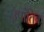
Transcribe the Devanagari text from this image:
उपांतिक